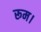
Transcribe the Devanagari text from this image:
रूम।